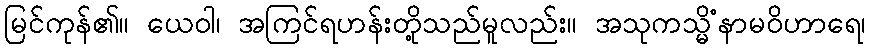
မြင်ကုန်၏။ ယေဝါ၊ အကြင်ရဟန်းတို့သည်မူလည်း။ အသုကသ္မိံနာမဝိဟာရေ၊